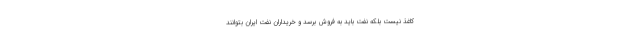
کاغذ نیست بلکه نفت باید به فروش برسد و خریداران نفت ایران بتوانند